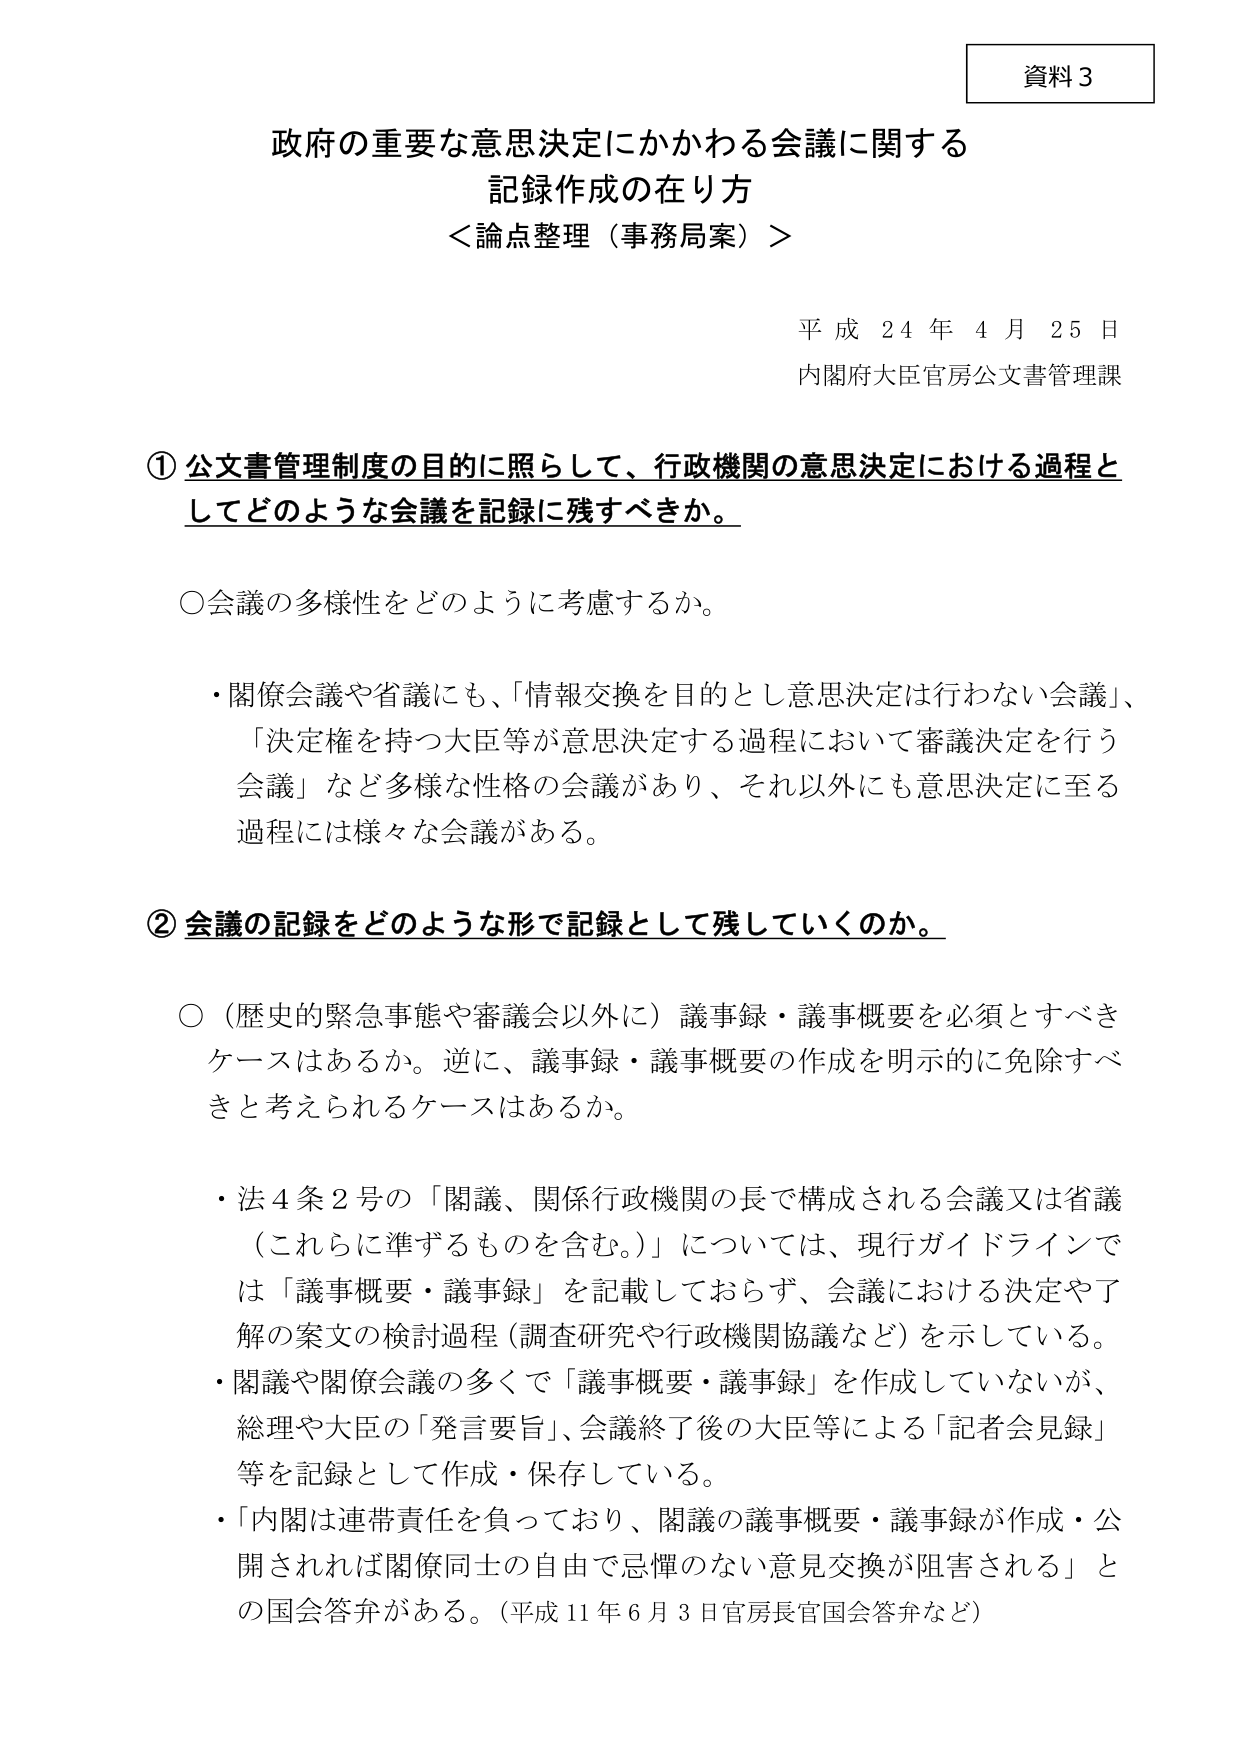
資料３

政府の重要な意思決定にかかわる会議に関する
記録作成の在り方
＜論点整理（事務局案）＞

平成２４年４月２５日
内閣府大臣官房公文書管理課

① 公文書管理制度の目的に照らして、行政機関の意思決定における過程と
してどのような会議を記録に残すべきか。

○ 会議の多様性をどのように考慮するか。

・ 関係会議や省議にも、「情報交換を目的とし意思決定は行わない会議」、
「決定権を持つ大臣等が意思決定する過程において審議決定を行う
会議」など多様な性格の会議があり、それ以外にも意思決定に至る
過程には様々な会議がある。

② 会議の記録をどのような形で記録として残していくのか。

○ （歴史的緊急事態や審議会以外に）議事録・議事概要を必須とすべき
ケースはあるか。逆に、議事録・議事概要の作成を明示的に免除すべき
と考えられるケースはあるか。

・ 法４条２号の「閣議、関係行政機関の長で構成される会議又は省議
（これらに準ずるものを含む。）」については、現行ガイドラインで
は「議事概要・議事録」を記載しておらず、会議における決定や了
解の案文の検討過程（調査研究や行政機関協議など）を示している。
・ 閣議や関係会議の多くで「議事概要・議事録」を作成していないが、
総理や大臣の「発言要旨」、会議終了後の大臣等による「記者会見録」
等を記録として作成・保存している。
・ 「内閣は連帯責任を負っており、閣議の議事概要・議事録が作成・公
開されれば関係同士の自由で忌憚のない意見交換が阻害される」と
の国会答弁がある。（平成11年6月3日官房長官国会答弁など）